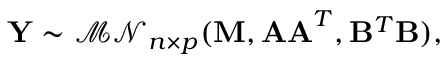
\mathbf { Y } \sim { \mathcal { M N } } _ { n \times p } ( \mathbf { M } , \mathbf { A A } ^ { T } , \mathbf { B } ^ { T } \mathbf { B } ) ,